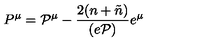
P ^ { \mu } = { \cal P } ^ { \mu } - \frac { 2 ( n + \tilde { n } ) } { ( e { \cal P } ) } e ^ { \mu }